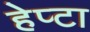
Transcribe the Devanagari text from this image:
हेप्टा